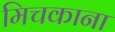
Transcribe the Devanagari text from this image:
मिचकाना